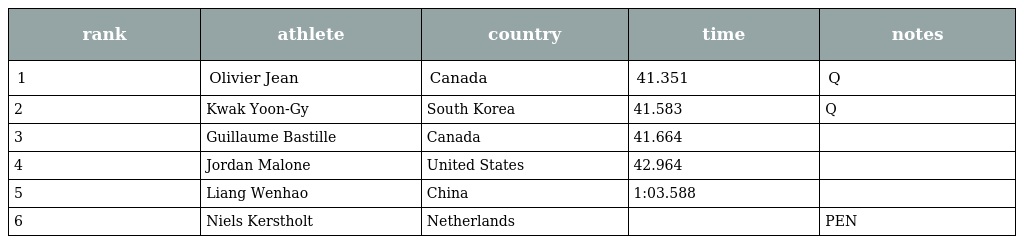
| rank | athlete | country | time | notes |
 | --- | --- | --- | --- | --- |
 | 1 | Olivier Jean | Canada | 41.351 | Q |
 | 2 | Kwak Yoon-Gy | South Korea | 41.583 | Q |
 | 3 | Guillaume Bastille | Canada | 41.664 |  |
 | 4 | Jordan Malone | United States | 42.964 |  |
 | 5 | Liang Wenhao | China | 1:03.588 |  |
 | 6 | Niels Kerstholt | Netherlands |  | PEN |